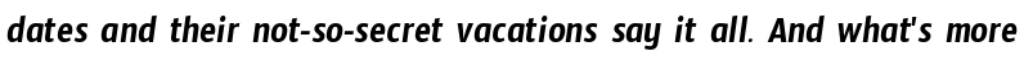
dates and their not-so-secret vacations say it all. And what's more